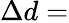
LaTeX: \Delta d=